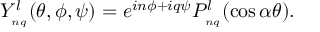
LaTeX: Y _ { _ { n q } } ^ { l } ( \theta , \phi , \psi ) = e ^ { i n \phi + i q \psi } P _ { _ { n q } } ^ { l } ( \cos \alpha \theta ) .